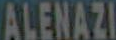
ALENAZI